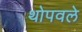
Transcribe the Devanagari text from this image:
थोपवले